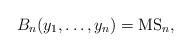
LaTeX: \begin{gather*}B_n(y_1, \ldots, y_n)= {\rm MS}_n,\end{gather*}